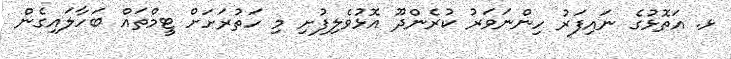
ޅ. އަތޮޅުގެ ނައިފަރު ހިންނަވަރު ކުރެންދޫ އޮޅުވެލިފުށި މި ހަތުރަށަށް ޓީމްތައް ބަހާލައިގެން